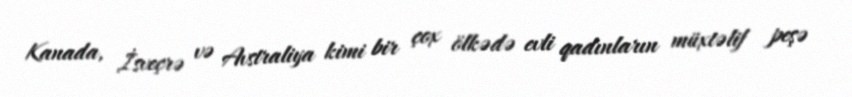
Kanada, İsveçrə və Avstraliya kimi bir çox ölkədə evli qadınların müxtəlif peşə